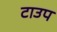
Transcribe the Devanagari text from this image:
टाउप